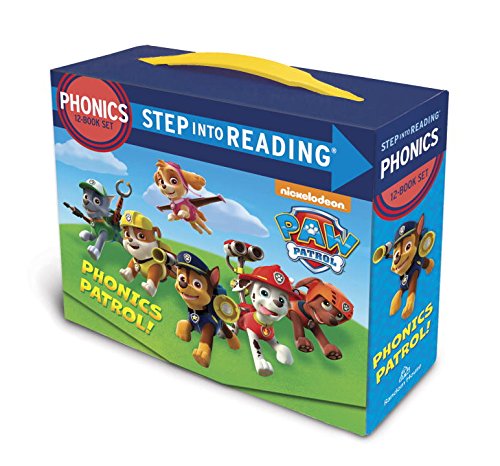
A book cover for Paw Patrol Phonics Box Set (PAW Patrol) (Step into Reading); Jennifer Liberts; Reference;